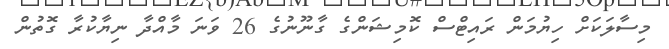
މިސާލަކަށް ހިޔުމަން ރައިޓްސް ކޮމިޝަންގެ ގާނޫނުގެ 26 ވަނަ މާއްދާ ނިޔާކުރާ ގޮތުން